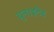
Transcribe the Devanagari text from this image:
य़ुनाइटेड